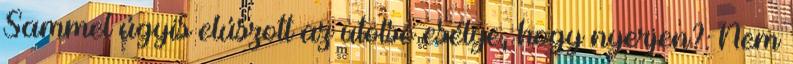
Sammel úgyis elúszott az utolsó esélye, hogy nyerjen?: Nem